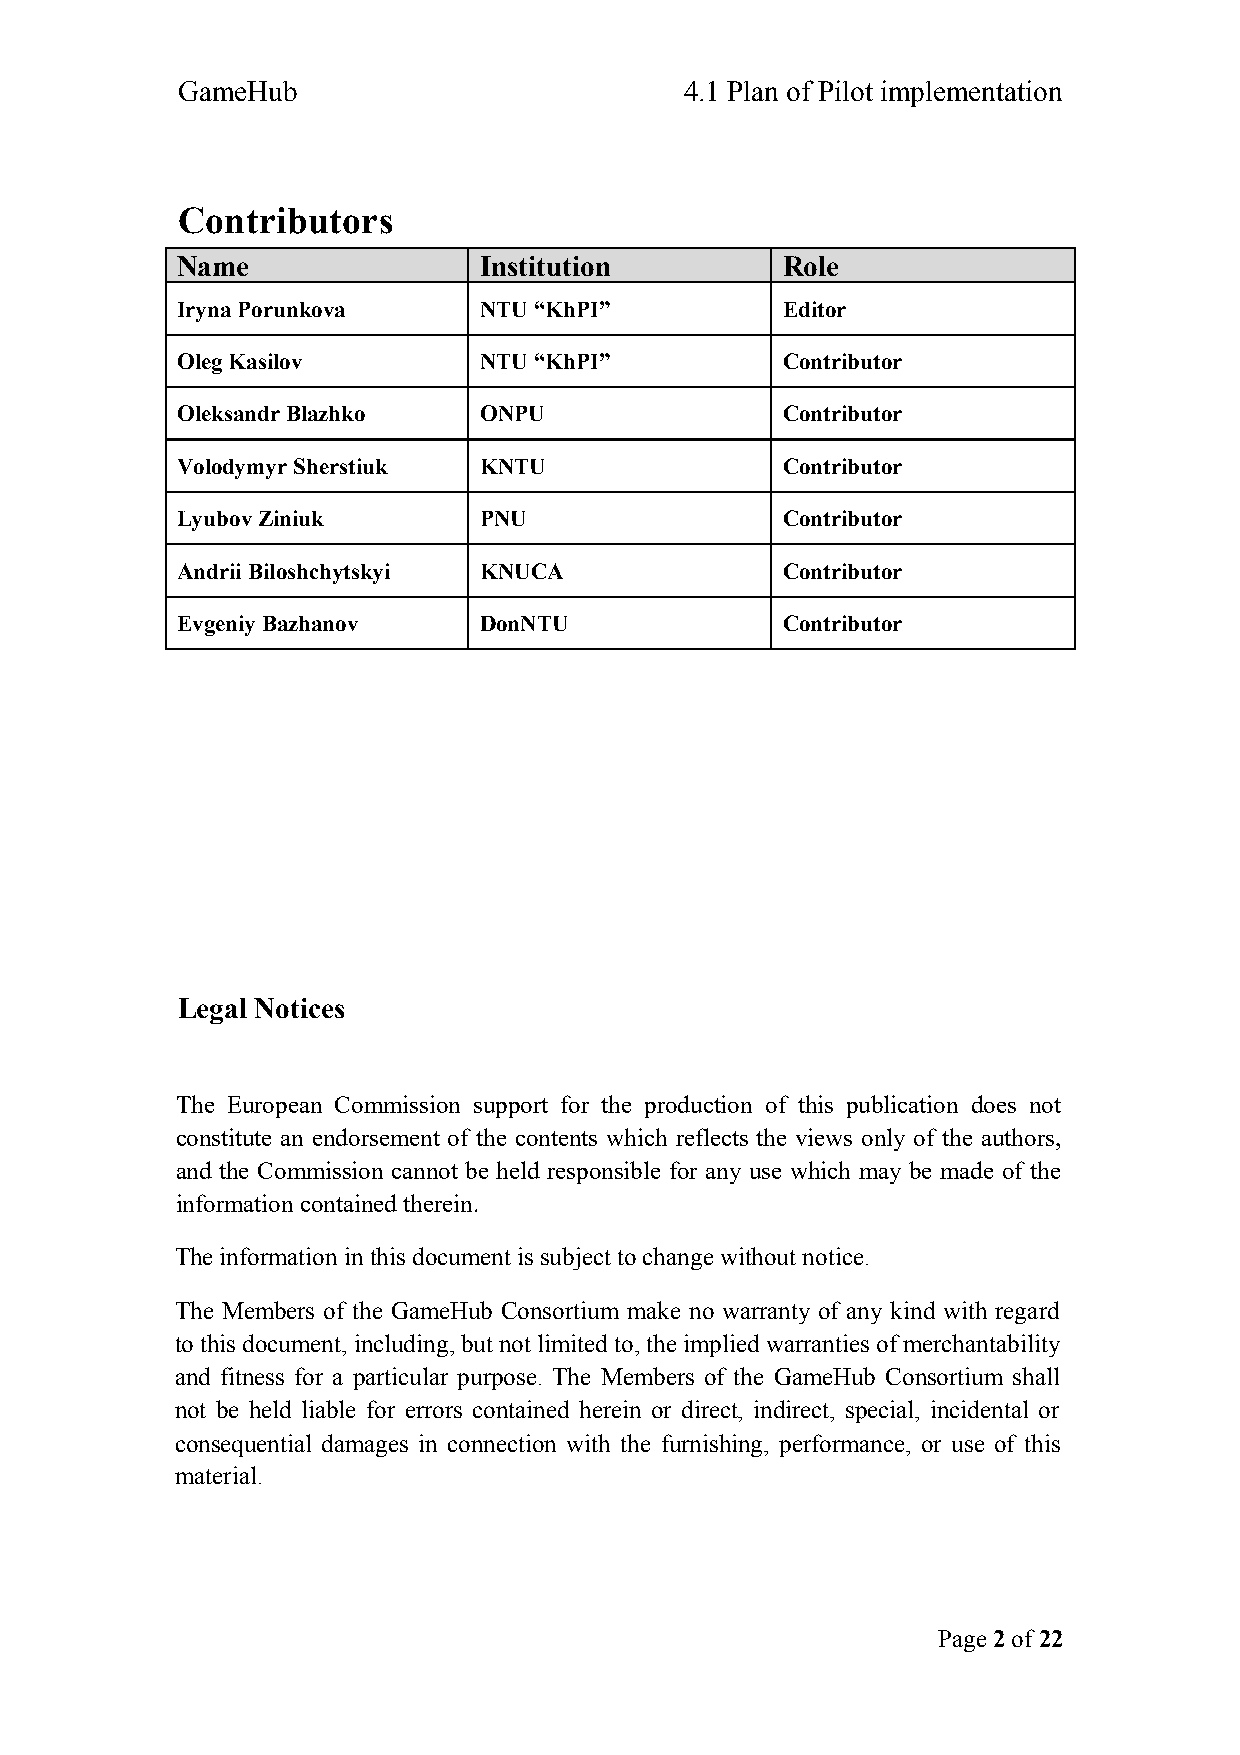
GameHub                          4.1 Plan of Pilot implementation
 Contributors
 Name                Institution         Role
 Iryna Porunkova     NTU “KhPI”          Editor
 Oleg Kasilov        NTU “KhPI”          Contributor
 Oleksandr Blazhko   ONPU                Contributor
 Volodymyr Sherstiuk KNTU                Contributor
 Lyubov Ziniuk       PNU                 Contributor
 Andrii Biloshchytskyi KNUCA             Contributor
 Evgeniy Bazhanov    DonNTU              Contributor
 Legal Notices
 The European Commission support for the production of this publication does not
 constitute an endorsement of the contents which reflects the views only of the authors,
 and the Commission cannot be held responsible for any use which may be made of the
 information contained therein.
 The information in this document is subject to change without notice.
 The Members of the GameHub Consortium make no warranty of any kind with regard
 to this document, including, but not limited to, the implied warranties of merchantability
 and fitness for a particular purpose. The Members of the GameHub Consortium shall
 not be held liable for errors contained herein or direct, indirect, special, incidental or
 consequential damages in connection with the furnishing, performance, or use of this
 material.
 Page 2 of 22